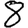
Digit: 8